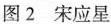
图2 宋应星